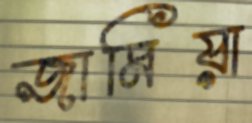
জামিয়া